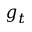
g _ { t }